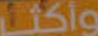
وأكلا